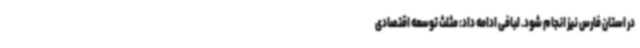
در استان فارس نیز انجام شود. لبافی ادامه داد: مثلث توسعه اقتصادی